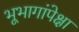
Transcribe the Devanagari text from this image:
भूभागांपेक्षा